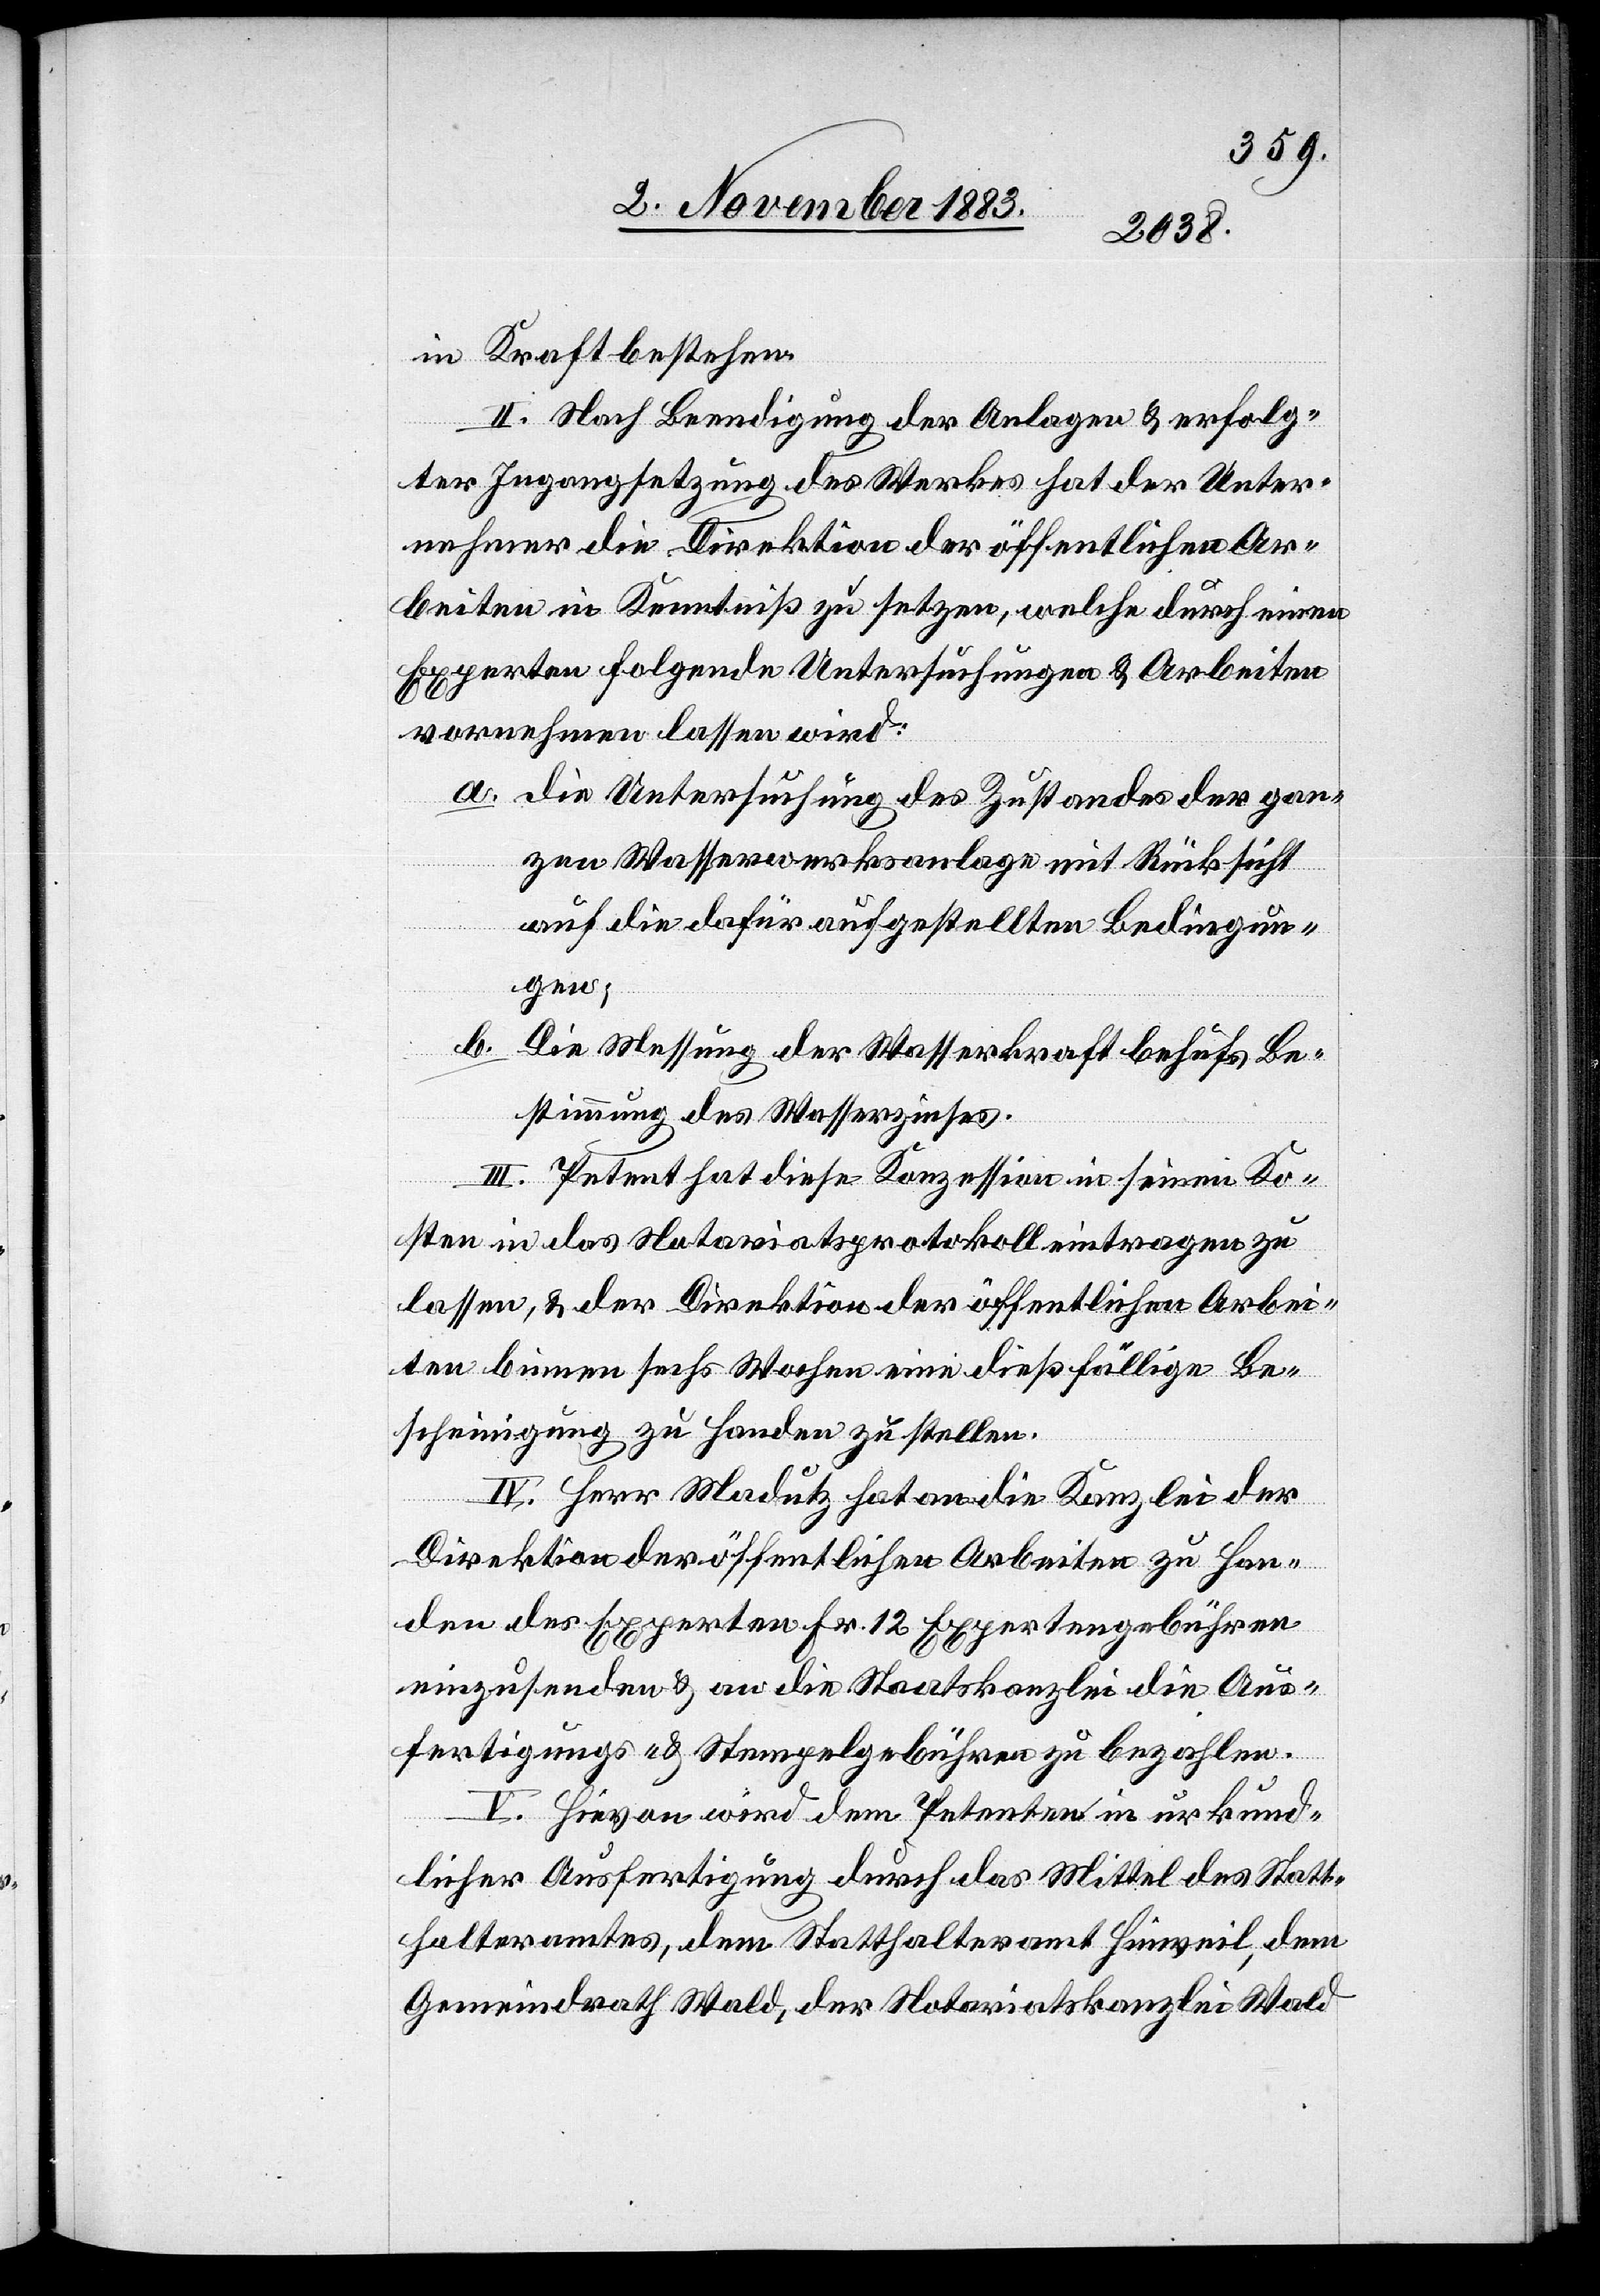
in Kraft bestehen.
II. Nach Beendigung der Anlagen & erfolg¬
ter Ingangsetzung des Werkes hat der Unter¬
nehmer die Direktion der öffentlichen Ar¬
beiten in Kenntniß zu setzen, welche durch einen
Experten folgende Untersuchungen & Arbeiten
vornehmen lassen wird.
a. die Untersuchung des Zustandes der gan¬
zen Wasserwerksanlage mit Rücksicht
auf die dafür aufgestellten Bedingun¬
gen;
b.
Die Messung der Wasserkraft behufs Be¬
stimmung des Wasserzinses.
III. Petent hat diese Konzession in seinen Ko¬
sten in das Notariatsprotokoll eintragen zu
lassen, & der Direktion der öffentlichen Arbei¬
ten binnen sechs Wochen eine dießfällige Be¬
scheinigung zu Handen zu stellen.
IV. Herr Madutz hat an die Kanzlei der
Direktion der öffentlichen Arbeiten zu Han¬
den des Experten Fr. 12 Expertengebühren
einzusenden & an die Staatskanzlei die Aus¬
fertigungs- & Stempelgebühren zu bezahlen.
V. Hievon wird dem Petenten in urkund¬
licher Ausfertigung durch das Mittel des Statt¬
halteramtes, dem Statthalteramt Hinweil, dem
Gemeindrath Wald, der Notariatskanzlei Wald